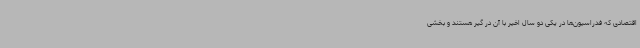
اقتصادی که فدراسیون‌ها در یکی دو سال اخیر با آن در گیر هستند و بخشی